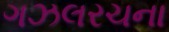
ગઝલરચના